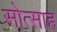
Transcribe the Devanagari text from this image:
सोत्साह